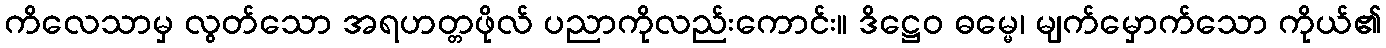
ကိလေသာမှ လွတ်သော အရဟတ္တဖိုလ် ပညာကိုလည်းကောင်း။ ဒိဋ္ဌေဝ ဓမ္မေ၊ မျက်မှောက်သော ကိုယ်၏